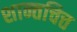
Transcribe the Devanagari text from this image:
शान्तचित्त